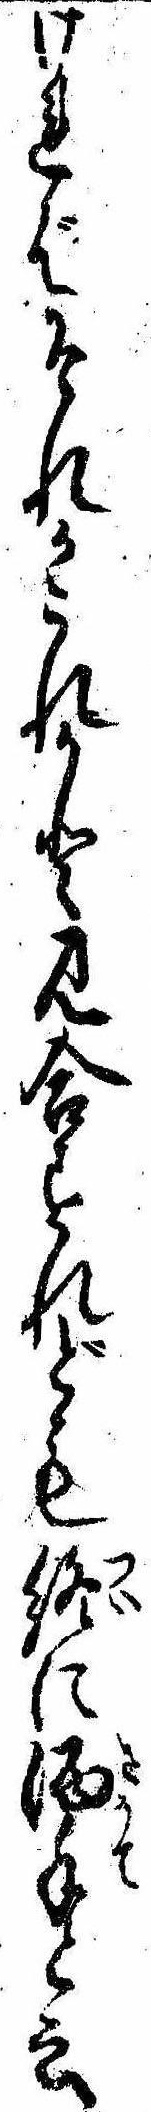
ければそれかこれかと見合すれども終に酒手と云